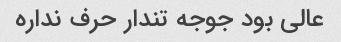
عالی بود جوجه تندار حرف نداره